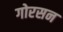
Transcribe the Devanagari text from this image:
गोरसन